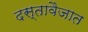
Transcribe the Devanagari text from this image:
दस्तावैजात